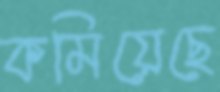
কমিয়েছে